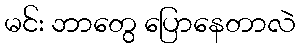
မင်း ဘာတွေ ပြောနေတာလဲ